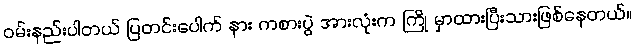
ဝမ်းနည်းပါတယ် ပြတင်းပေါက် နား ကစားပွဲ အားလုံးက ကြို မှာထားပြီးသားဖြစ်နေတယ်။